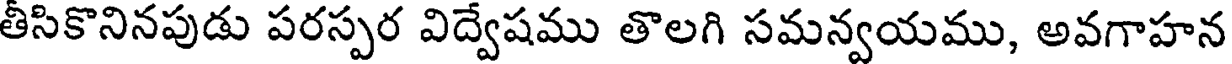
తీసికొనినపుడు పరస్పర విద్వేషము తొలగి సమన్వయము, అవగాహన